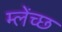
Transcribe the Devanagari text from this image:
म्लेंच्छ